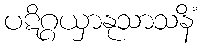
ပဋိဂ္ဂယှာနုသာသနိံ